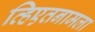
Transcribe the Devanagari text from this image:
व्हिएतनामला